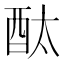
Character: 酞